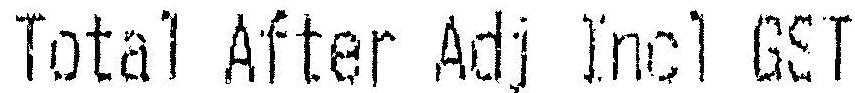
TOTAL AFTER ADJ INCL GST